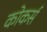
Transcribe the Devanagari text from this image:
कोकर्स